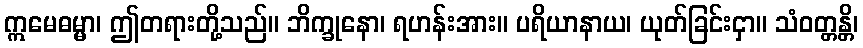
ဣမေဓမ္မာ၊ ဤတရားတို့သည်။ ဘိက္ခုနော၊ ရဟန်းအား။ ပရိယာနာယ၊ ယုတ်ခြင်းငှာ။ သံဝတ္တန္တိ၊